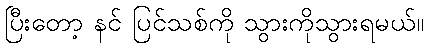
ပြီးတော့ နင် ပြင်သစ်ကို သွားကိုသွားရမယ်။